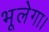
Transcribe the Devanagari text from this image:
भूलेगा।